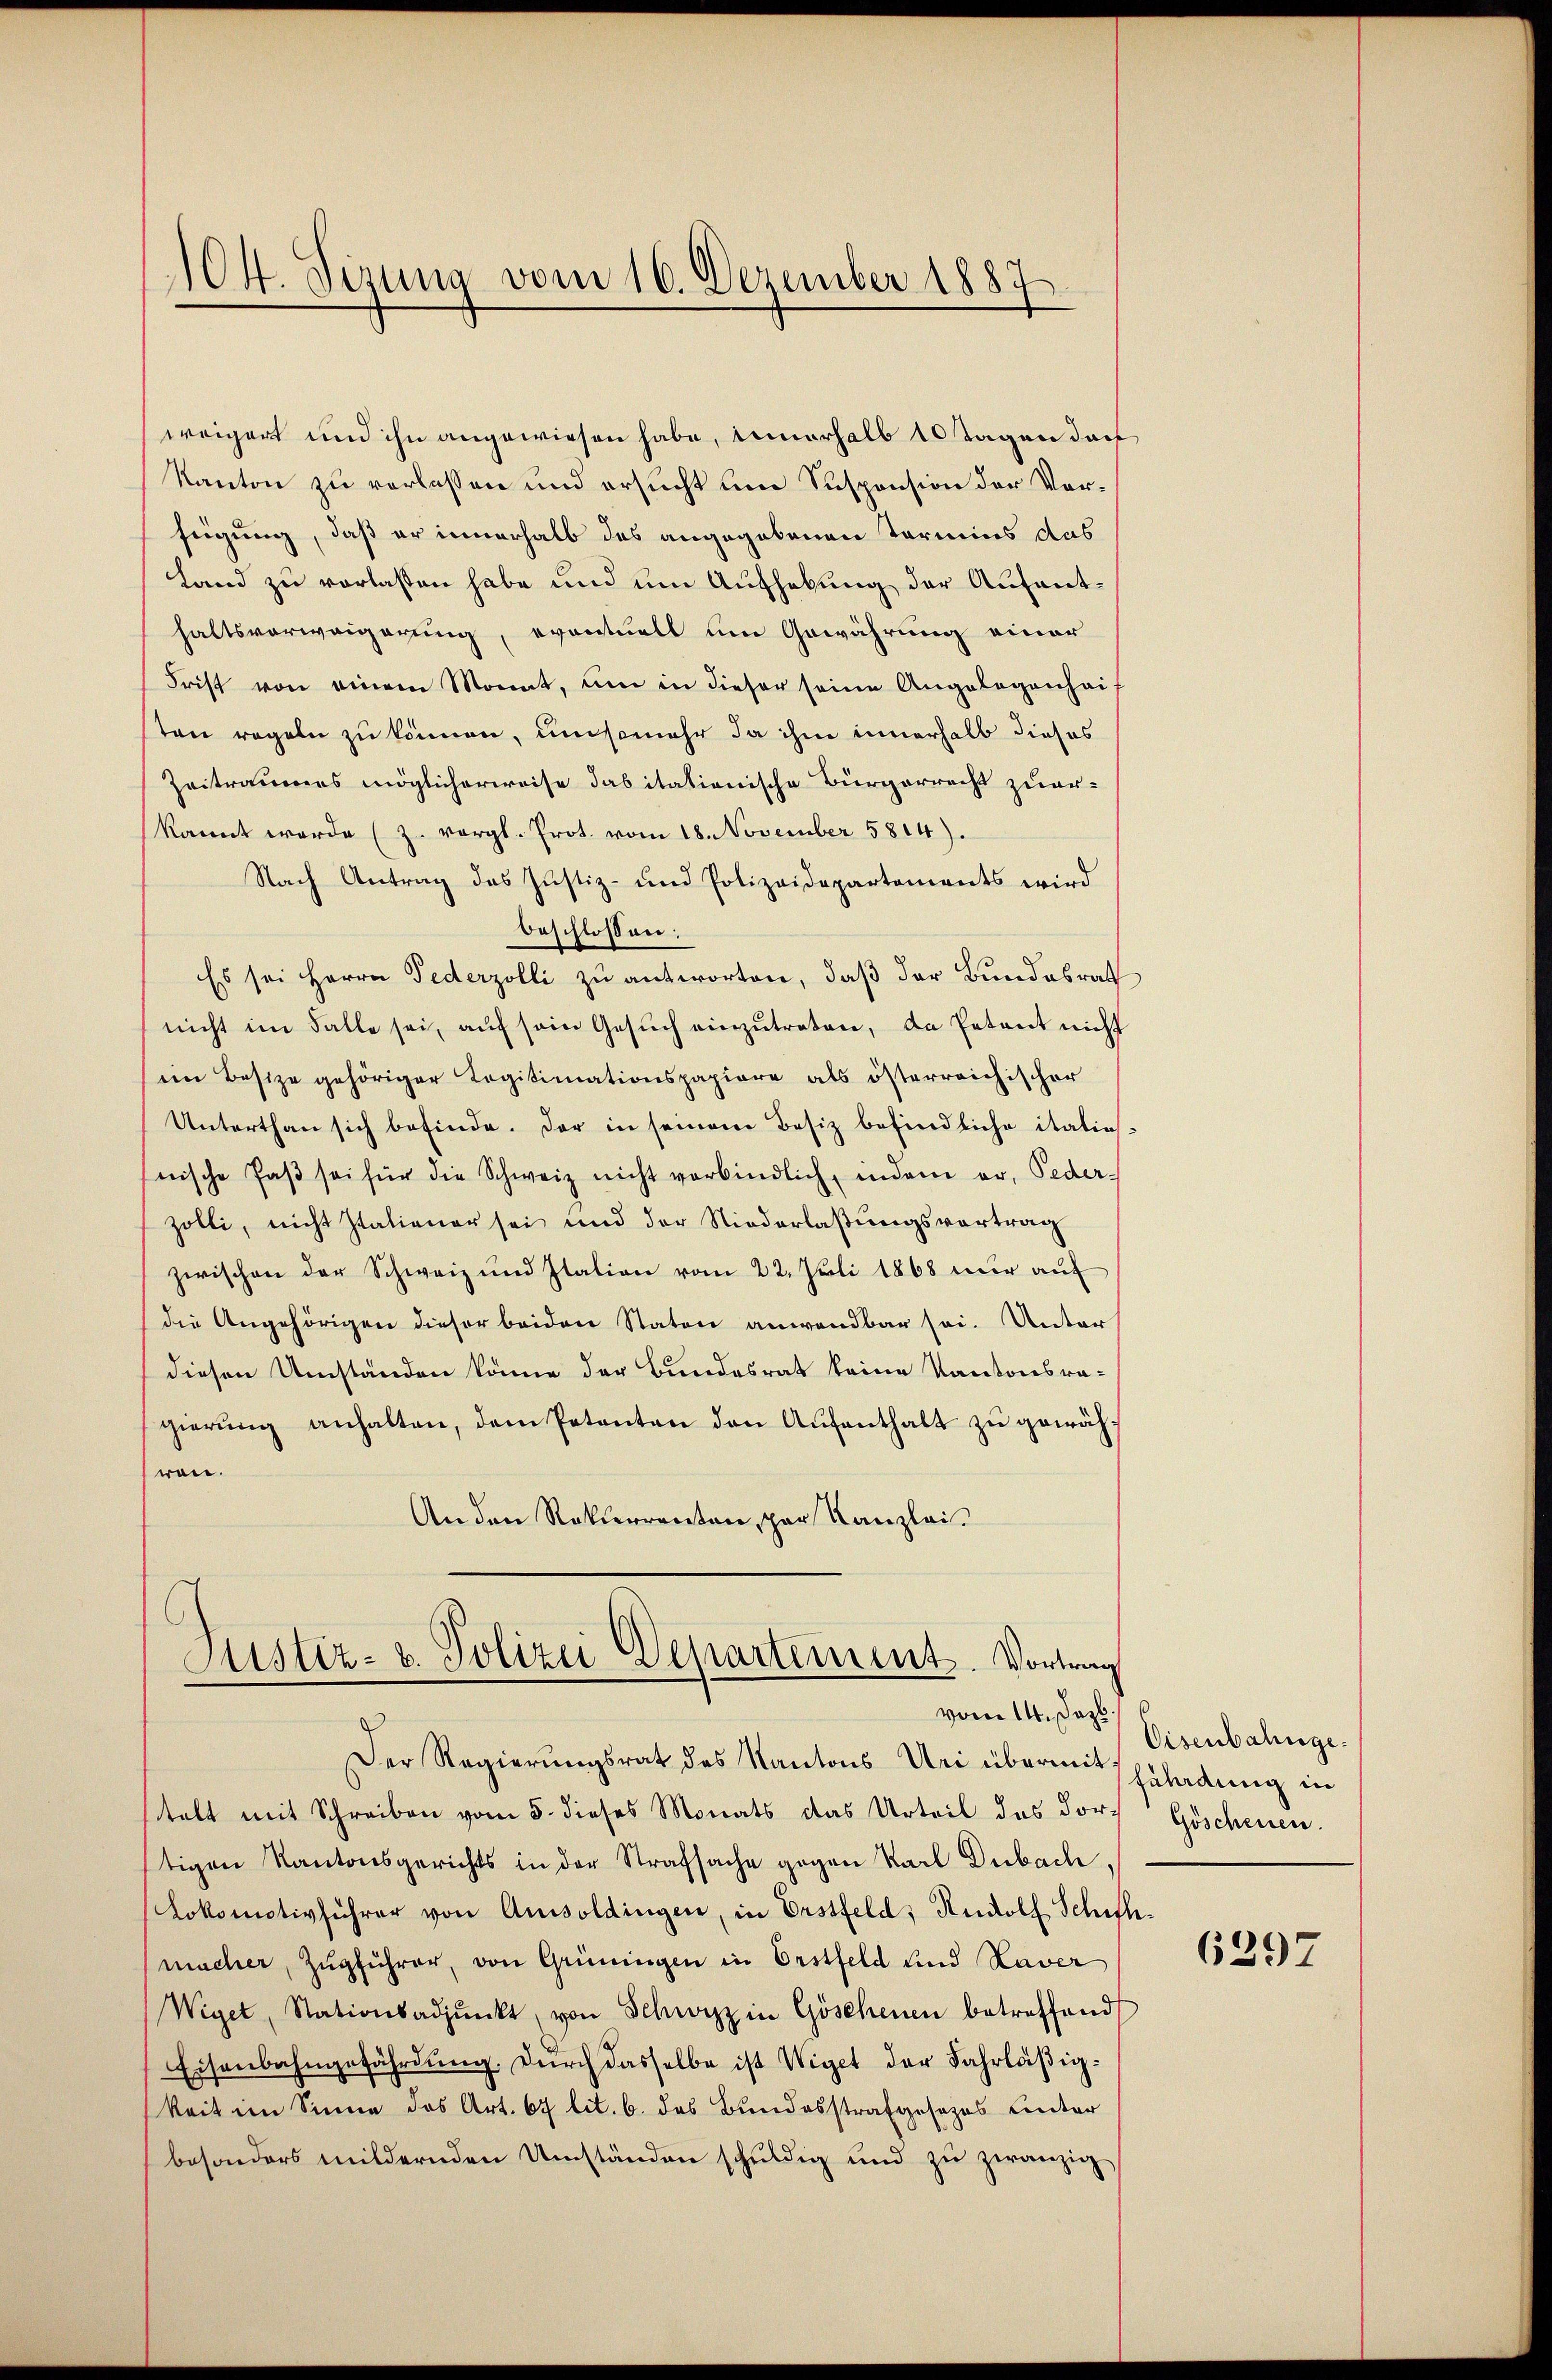
104. Sizung vom 16. Dezember 1887

weigert und ihn angewiesen habe, innerhalb 10 Tagen doch
Kanton zu verlassen und ersucht um Suspension der Vorfügung, daß er innerhalb des angegebenen Termins das
Land zu verlassen habe und um Aufhebung der Aufenthaltsverweigerung, eventuell um Gewährung einer
Frist von einem Monat, um in dieser seine Angelegenhaif
ten regeln zu können, umsomehr da ihm innerhalb dieses
Zeitraumes möglicherweise dabitationische Bürgerrecht zuer-
kannt werde (z. vergl. Prot. vom 18. November 5814).
Nach Antrag des Justiz- und Polizeidepartements wird
beschlossen:
Es sei Herrn Federzolli zu antworten, daß der Bundesrath
nicht im Falle sei, aŭf sein Gesŭch einzŭtreten, da Petent nicht
ein Besize gehöriger Legitimationspapiere als österreichischer
Unterthan sich befinde. Der in seinem Besiz befindliche italie-
nische Paβ sei für die Schweiz nicht verbindlich, indem er, Feder-
zölli, nicht Italiener sei und der Niederlaßungsvortrag
zwischen der Schweiz und Ilation vom 22. Juli 1868 nur auf
die Angehörigen dieser beiden Staten anwendbar sei. Unter
diesen Umständen könne der Bundesrat keine Kantonsragierung anhalten, dem Petenten den Aufenthalt zu gewähron.
An den Ratherrenten, par Kanzlei.

Justiz- & Polizei Departement. Vortrag

Der Regierungsrat des Kantons Uri übermit zuladung in
telt mit Schreiben vom 5. dieses Monats das Urteil des Dorf Göschensen.
tigen Kantonsgerichts in der Strafsache gegen Karl Dubach,
Lokomotivführer von Amisoldingen, in Erstfeld, Rudolf Schiffmacher, Zugführer, von Grüningen in Erstfeld und Laver
Wiget, Stationsadjunkt, von Schwyz in Göschenen betreffend
Eisenbahngefährdung. Durch dasselbe ist Wiget der Fahrläßigkeit im Sinne das Art. 67 lit. b. das Bundesstrafgesezes unter
besonders mildernden Umständen schŭldig und zŭ zwanzig

vom 14. Das Eisenbahnge

6297